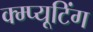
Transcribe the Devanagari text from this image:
क्म्प्यूटिंग